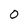
Character: 0